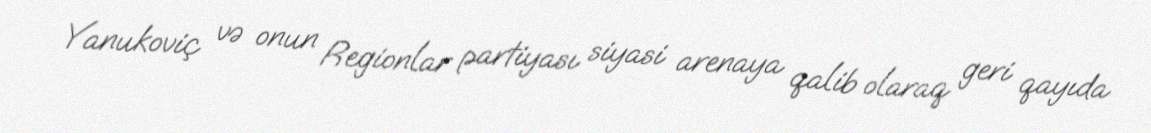
Yanukoviç və onun Regionlar partiyası siyasi arenaya qalib olaraq geri qayıda